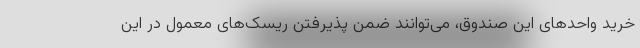
خرید واحدهای این صندوق، می‌توانند ضمن پذیرفتن ریسک‌های معمول در این